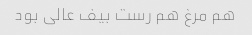
هم مرغ هم رست بیف عالی بود